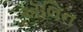
ઍલિન